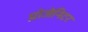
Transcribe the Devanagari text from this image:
प्रोजेनिटर